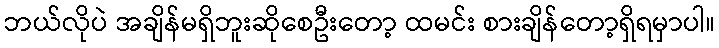
ဘယ်လိုပဲ အချိန်မရှိဘူးဆိုစေဦးတော့ ထမင်း စားချိန်တော့ရှိရမှာပါ။